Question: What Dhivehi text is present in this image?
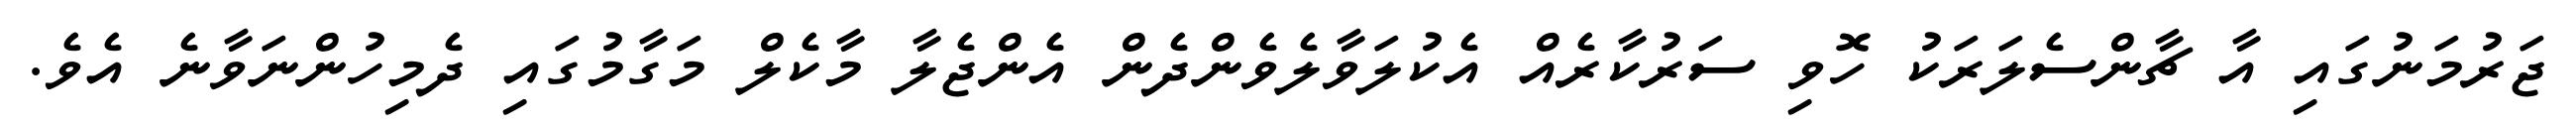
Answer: ޖަރުމަނުގައި އާ ޗާންސެލަރަކު ހޮވި ސަރުކާރެއް އެކުލަވާލެވެންދެން އެންޖެލާ މާކެލް މަގާމުގައި ދެމިހުންނަވާނެ އެވެ.